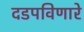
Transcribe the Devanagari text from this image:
दडपविणारे